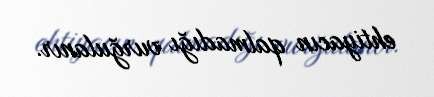
ehtiyacın qalmadığı vurğulanır.